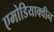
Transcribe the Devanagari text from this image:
एमोडियाक्वीन